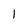
Character: I